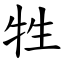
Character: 牲